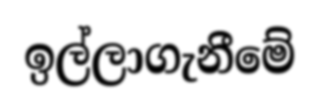
ඉල්ලාගැනීමේ